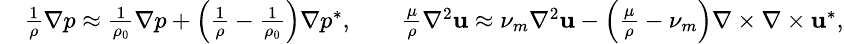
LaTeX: \small\begin{array}{rl}&{\frac{1}{\rho}\nabla p\approx\frac{1}{\rho_{0}}\nabla p+\left(\frac{1}{\rho}-\frac{1}{\rho_{0}}\right)\nabla p^{*},\qquad\frac{\mu}{\rho}\nabla^{2}\textbf{u}\approx\nu_{m}\nabla^{2}\textbf{u}-\left(\frac{\mu}{\rho}-\nu_{m}\right)\nabla\times\nabla\times\textbf{u}^{*},}\end{array}